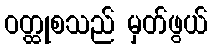
ဝတ္ထုစသည် မှတ်ဖွယ်